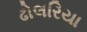
ઢોલરિયા